画像に写った文字を読んでください
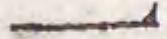
「一」と書いてあります